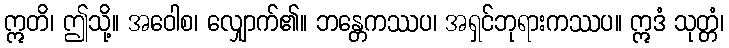
ဣတိ၊ ဤသို့။ အဝေါစ၊ လျှောက်၏။ ဘန္တေကဿပ၊ အရှင်ဘုရားကဿပ။ ဣဒံ သုတ္တံ၊